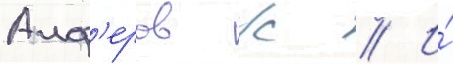
Алф'еров ж // И́